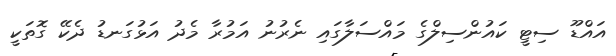
އައްޑޫ ސިޓީ ކައުންސިލްގެ މައްސަލާގައި ނެރުނު އަމުރާ މެދު އަޅުގަނޑު ދެކޭ ގޮތަކީ